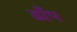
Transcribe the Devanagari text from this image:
ढाँप